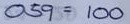
059 = 100